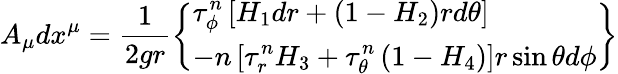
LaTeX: A_{\mu}dx^{\mu}=\frac{1}{2gr}\left\{ \begin{array}{l}{{\displaystyle{\tau_{\phi}^{n}\left[H_{1}dr+(1-H_{2})rd\theta\right]}}}\\ {{\displaystyle{-n\left[\tau_{r}^{n}H_{3}+\tau_{\theta}^{n}\left(1-H_{4}\right)\right]r\sin\theta d\phi}}}\end{array}\right\}